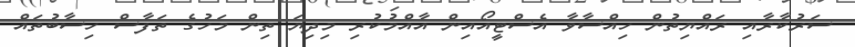
ސަރުކާރާއި ރައްޔިތުން ހިއްސާވާ އެސްޓީއޯއިން އާއްމުކުރި މިދިޔަ ތިން މަހުގެ ތަފާސް ހިސާބުތައް